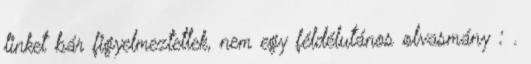
linket bár figyelmeztetlek, nem egy féldélutános olvasmány : .